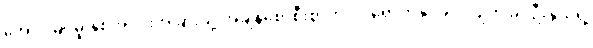
အောင်မြင်မှု နှစ်အပိုင်းအခြားသို့ အချိန်စောစီးစွာကပင် ရောက်နိုင်ခဲ့ပါလျက် ခင်ဦးနွယ်ရဲ့